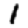
Digit: 1